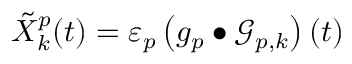
\tilde { X } _ { k } ^ { p } ( t ) = \varepsilon _ { p } \left( g _ { p } \bullet \mathcal { G } _ { p , k } \right) ( t )